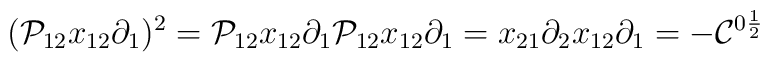
({\cal P}_{12}x_{12}\partial_1)^2={\cal P}_{12}x_{12}\partial_1{\cal P}_{12}x_{12}\partial_1=x_{21}\partial_2x_{12}\partial_1=-{\cal C}^{0\frac{1}{2}}